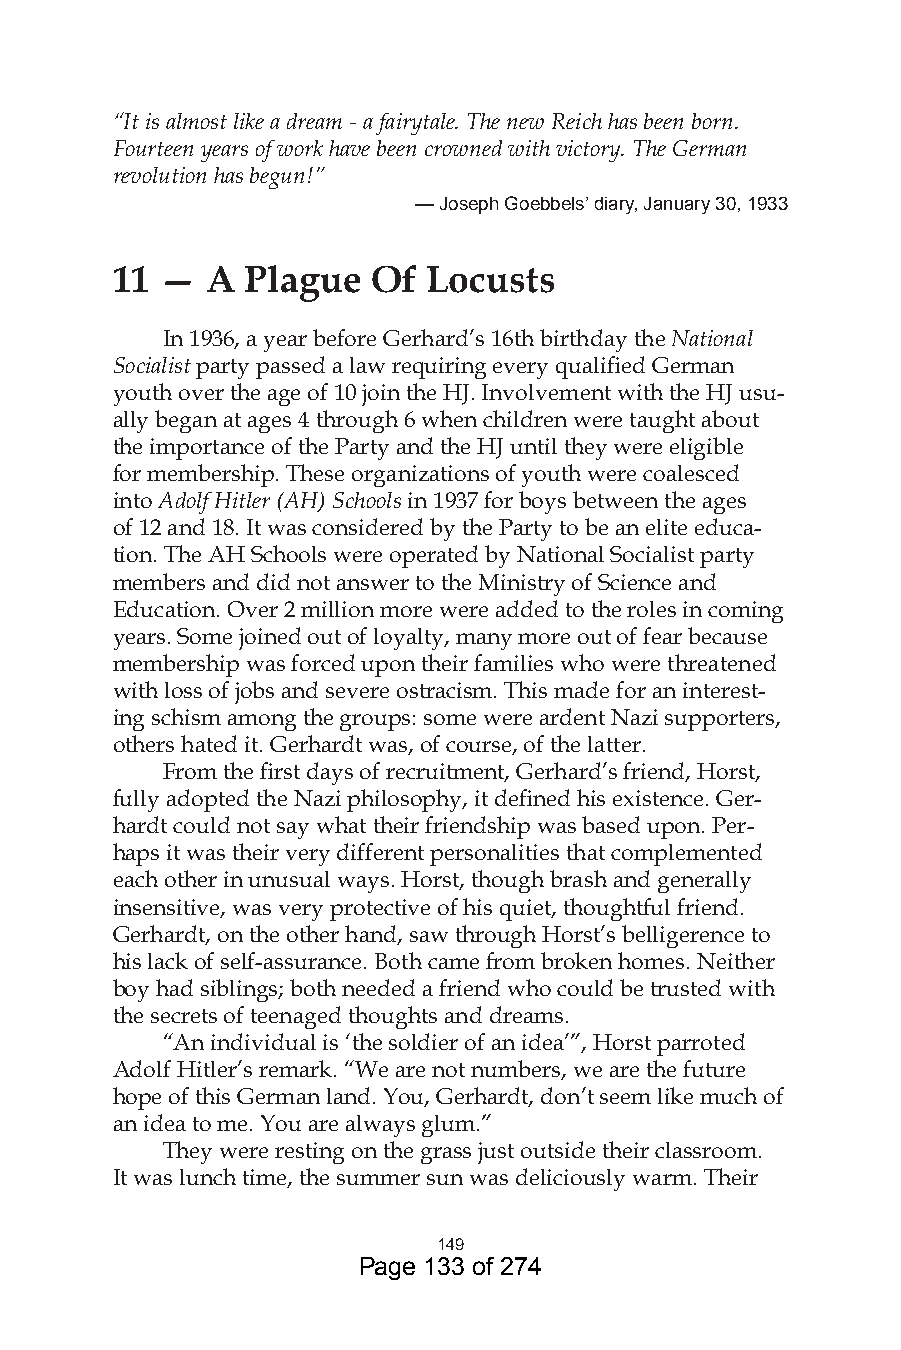
“It is almost like a dream - a fairytale. The new Reich has been born.
 Fourteen years of work have been crowned with victory. The German
 revolution has begun!”
 — Joseph Goebbels’ diary, January 0, 9
 11  —  A Plague   Of Locusts
 In 1936, a year before Gerhard’s 16th birthday the National
 Socialist party passed a law requiring every qualified German
 youth over the age of 10 join the HJ. Involvement with the HJ usu-
 ally began at ages 4 through 6 when children were taught about
 the importance of the Party and the HJ until they were eligible
 for membership. These organizations of youth were coalesced
 into Adolf Hitler (AH) Schools in 1937 for boys between the ages
 of 12 and 18. It was considered by the Party to be an elite educa-
 tion. The AH Schools were operated by National Socialist party
 members and did not answer to the Ministry of Science and
 Education. Over 2 million more were added to the roles in coming
 years. Some joined out of loyalty, many more out of fear because
 membership was forced upon their families who were threatened
 with loss of jobs and severe ostracism. This made for an interest-
 ing schism among the groups: some were ardent Nazi supporters,
 others hated it. Gerhardt was, of course, of the latter.
 From the first days of recruitment, Gerhard’s friend, Horst,
 fully adopted the Nazi philosophy, it defined his existence. Ger-
 hardt could not say what their friendship was based upon. Per-
 haps it was their very different personalities that complemented
 each other in unusual ways. Horst, though brash and generally
 insensitive, was very protective of his quiet, thoughtful friend.
 Gerhardt, on the other hand, saw through Horst’s belligerence to
 his lack of self-assurance. Both came from broken homes. Neither
 boy had siblings; both needed a friend who could be trusted with
 the secrets of teenaged thoughts and dreams.
 “An individual is ‘the soldier of an idea’”, Horst parroted
 Adolf Hitler’s remark. “We are not numbers, we are the future
 hope of this German land. You, Gerhardt, don’t seem like much of
 an idea to me. You are always glum.”
 They were resting on the grass just outside their classroom.
 It was lunch time, the summer sun was deliciously warm. Their
 49
 Page 133 of 274